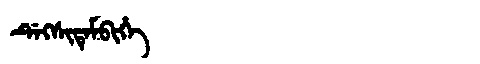
Manchu: ᡩᡝᡴᠰᡳᡨᡝᠮᠪᡳᡥᡝ
Romanization: DEKSITEMBIHE